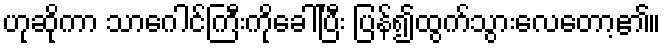
ဟုဆိုကာ သာဂေါင်ကြီးကိုခေါ်ပြီး ပြန်၍ထွက်သွားလေတော့၏။